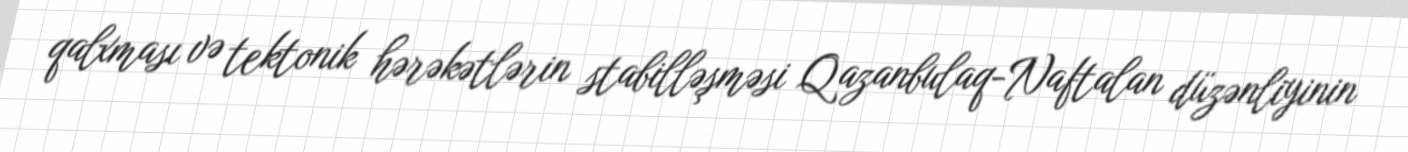
qalxması və tektonik hərəkətlərin stabilləşməsi Qazanbulaq-Naftalan düzənliyinin